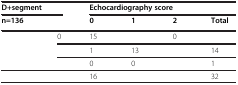
<table><thead><tr><td colspan="2"><b>D+segment</b></td><td colspan="4"><b>Echocardiography score</b></td></tr><tr><td colspan="2"><b>n=136</b></td><td><b>0</b></td><td><b>1</b></td><td><b>2</b></td><td><b>Total</b></td></tr></thead><tbody><tr><td rowspan="3">[EMPTY_CELL]</td><td>0</td><td>15</td><td>[EMPTY_CELL]</td><td>0</td><td>[EMPTY_CELL]</td></tr><tr><td>[EMPTY_CELL]</td><td>1</td><td>13</td><td>[EMPTY_CELL]</td><td>14</td></tr><tr><td>[EMPTY_CELL]</td><td>0</td><td>0</td><td>[EMPTY_CELL]</td><td>1</td></tr><tr><td colspan="2">[EMPTY_CELL]</td><td>16</td><td>[EMPTY_CELL]</td><td>[EMPTY_CELL]</td><td>32</td></tr></tbody></table>